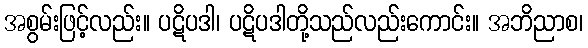
အစွမ်းဖြင့်လည်း။ ပဋိပဒါ၊ ပဋိပဒါတို့သည်လည်းကောင်း။ အဘိညာစ၊